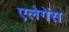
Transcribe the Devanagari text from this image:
एलेगेंस